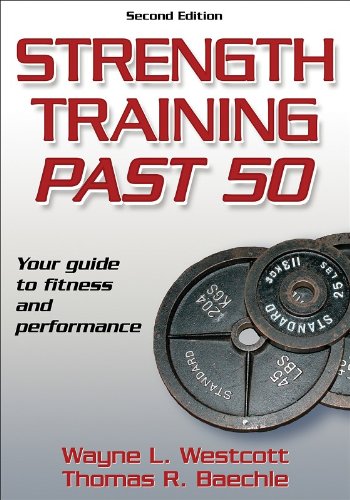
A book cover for Strength Training Past 50 - 2nd Edition (Ageless Athlete Series); Wayne Westcott; Health, Fitness & Dieting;